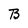
Character: B